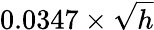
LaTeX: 0.0347\times{\sqrt{h}}